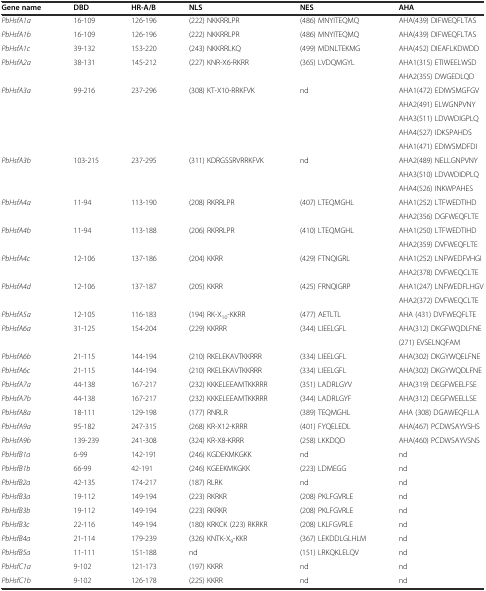
<table><thead><tr><td><b>Gene name</b></td><td><b>DBD</b></td><td><b>HR-A/B</b></td><td><b>NLS</b></td><td><b>NES</b></td><td><b>AHA</b></td></tr></thead><tbody><tr><td><i>PbHsfA1a</i></td><td>16-109</td><td>126-196</td><td>(222) NKKRRLPR</td><td>(486) MNYITEQMQ</td><td>AHA(439) DIFWEQFLTAS</td></tr><tr><td><i>PbHsfA1b</i></td><td>16-109</td><td>126-196</td><td>(222) NKKRRLPR</td><td>(486) MNYITEQMQ</td><td>AHA(439) DIFWEQFLTAS</td></tr><tr><td><i>PbHsfA1c</i></td><td>39-132</td><td>153-220</td><td>(243) NKKRRLKQ</td><td>(499) MDNLTEKMG</td><td>AHA(452) DIEAFLKDWDD</td></tr><tr><td rowspan="2"><i>PbHsfA2a</i></td><td rowspan="2">38-131</td><td rowspan="2">145-212</td><td rowspan="2">(227) KNR-X6-RKRR</td><td rowspan="2">(365) LVDQMGYL</td><td>AHA1(315) ETIWEELWSD</td></tr><tr><td>AHA2(355) DWGEDLQD</td></tr><tr><td rowspan="5"><i>PbHsfA3a</i></td><td rowspan="5">99-216</td><td rowspan="5">237-296</td><td rowspan="5">(308) KT-X10-RRKFVK</td><td rowspan="5">nd</td><td>AHA1(472) EDIWSMGFGV</td></tr><tr><td>AHA2(491) ELWGNPVNY</td></tr><tr><td>AHA3(511) LDVWDIGPLQ</td></tr><tr><td>AHA4(527) IDKSPAHDS</td></tr><tr><td>AHA1(471) EDIWSMDFDI</td></tr><tr><td rowspan="3"><i>PbHsfA3b</i></td><td rowspan="3">103-215</td><td rowspan="3">237-295</td><td rowspan="3">(311) KDRGSSRVRRKFVK</td><td rowspan="3">nd</td><td>AHA2(489) NELLGNPVNY</td></tr><tr><td>AHA3(510) LDVWDIDPLQ</td></tr><tr><td>AHA4(526) INKWPAHES</td></tr><tr><td rowspan="2"><i>PbHsfA4a</i></td><td rowspan="2">11-94</td><td rowspan="2">113-190</td><td rowspan="2">(208) RKRRLPR</td><td rowspan="2">(407) LTEQMGHL</td><td>AHA1(252) LTFWEDTIHD</td></tr><tr><td>AHA2(356) DGFWEQFLTE</td></tr><tr><td rowspan="2"><i>PbHsfA4b</i></td><td rowspan="2">11-94</td><td rowspan="2">113-188</td><td rowspan="2">(206) RKRRLPR</td><td rowspan="2">(410) LTEQMGHL</td><td>AHA1(250) LTFWEDTIHD</td></tr><tr><td>AHA2(359) DVFWEQFLTE</td></tr><tr><td rowspan="2"><i>PbHsfA4c</i></td><td rowspan="2">12-106</td><td rowspan="2">137-186</td><td rowspan="2">(204) KKRR</td><td rowspan="2">(429) FTNQIGRL</td><td>AHA1(252) LNFWEDFVHGI</td></tr><tr><td>AHA2(378) DVFWEQCLTE</td></tr><tr><td rowspan="2"><i>PbHsfA4d</i></td><td rowspan="2">12-106</td><td rowspan="2">137-187</td><td rowspan="2">(205) KKRR</td><td rowspan="2">(425) FRNQIGRP</td><td>AHA1(247) LNFWEDFLHGV</td></tr><tr><td>AHA2(372) DVFWEQCLTE</td></tr><tr><td><i>PbHsfA5a</i></td><td>12-105</td><td>116-183</td><td>(194) RK-X<sub>10</sub>-KKRR</td><td>(477) AETLTL</td><td>AHA (431) DVFWEQFLTE</td></tr><tr><td rowspan="2"><i>PbHsfA6a</i></td><td rowspan="2">31-125</td><td rowspan="2">154-204</td><td rowspan="2">(229) KKRRR</td><td rowspan="2">(344) LIEELGFL</td><td>AHA(312) DKGFWQDLFNE</td></tr><tr><td>(271) EVSELNQFAM</td></tr><tr><td><i>PbHsfA6b</i></td><td>21-115</td><td>144-194</td><td>(210) RKELEKAVTKKRRR</td><td>(334) LIEELGFL</td><td>AHA(302) DKGYWQELFNE</td></tr><tr><td><i>PbHsfA6c</i></td><td>21-115</td><td>144-194</td><td>(210) RKELEKAVTKKRRR</td><td>(334) LIEELGFL</td><td>AHA(302) DKGYWQDLFNE</td></tr><tr><td><i>PbHsfA7a</i></td><td>44-138</td><td>167-217</td><td>(232) KKKELEEAMTKKRRR</td><td>(351) LADRLGYV</td><td>AHA(319) DEGFWEELFSE</td></tr><tr><td><i>PbHsfA7b</i></td><td>44-138</td><td>167-217</td><td>(232) KKKELEEAMTKKRRR</td><td>(344) LADRLGYF</td><td>AHA(312) DEGFWEELLSE</td></tr><tr><td><i>PbHsfA8a</i></td><td>18-111</td><td>129-198</td><td>(177) RNRLR</td><td>(389) TEQMGHL</td><td>AHA (308) DGAWEQFLLA</td></tr><tr><td><i>PbHsfA9a</i></td><td>95-182</td><td>247-315</td><td>(268) KR-X12-KRRR</td><td>(401) FYQELEDL</td><td>AHA(467) PCDWSAYVSHS</td></tr><tr><td><i>PbHsfA9b</i></td><td>139-239</td><td>241-308</td><td>(324) KR-X8-KRRR</td><td>(258) LKKDQD</td><td>AHA(460) PCDWSAYVSNS</td></tr><tr><td><i>PbHsfB1a</i></td><td>6-99</td><td>142-191</td><td>(246) KGDEKMKGKK</td><td>nd</td><td>nd</td></tr><tr><td><i>PbHsfB1b</i></td><td>66-99</td><td>42-191</td><td>(246) KGEEKMKGKK</td><td>(223) LDMEGG</td><td>nd</td></tr><tr><td><i>PbHsfB2a</i></td><td>42-135</td><td>174-217</td><td>(187) RLRK</td><td>nd</td><td>nd</td></tr><tr><td><i>PbHsfB3a</i></td><td>19-112</td><td>149-194</td><td>(223) RKRKR</td><td>(208) PKLFGVRLE</td><td>nd</td></tr><tr><td><i>PbHsfB3b</i></td><td>19-112</td><td>149-194</td><td>(223) RKRKR</td><td>(208) PKLFGVRLE</td><td>nd</td></tr><tr><td><i>PbHsfB3c</i></td><td>22-116</td><td>149-194</td><td>(180) KRKCK (223) RKRKR</td><td>(208) LKLFGVRLE</td><td>nd</td></tr><tr><td><i>PbHsfB4a</i></td><td>21-114</td><td>179-239</td><td>(326) KNTK-X<sub>9</sub>-KKR</td><td>(367) LEKDDLGLHLM</td><td>nd</td></tr><tr><td><i>PbHsfB5a</i></td><td>11-111</td><td>151-188</td><td>nd</td><td>(151) LRKQKLELQV</td><td>nd</td></tr><tr><td><i>PbHsfC1a</i></td><td>9-102</td><td>121-173</td><td>(197) KKRR</td><td>nd</td><td>nd</td></tr><tr><td><i>PbHsfC1b</i></td><td>9-102</td><td>126-178</td><td>(225) KKRR</td><td>nd</td><td>nd</td></tr></tbody></table>